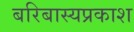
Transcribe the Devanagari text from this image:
बरिबास्यप्रकाश